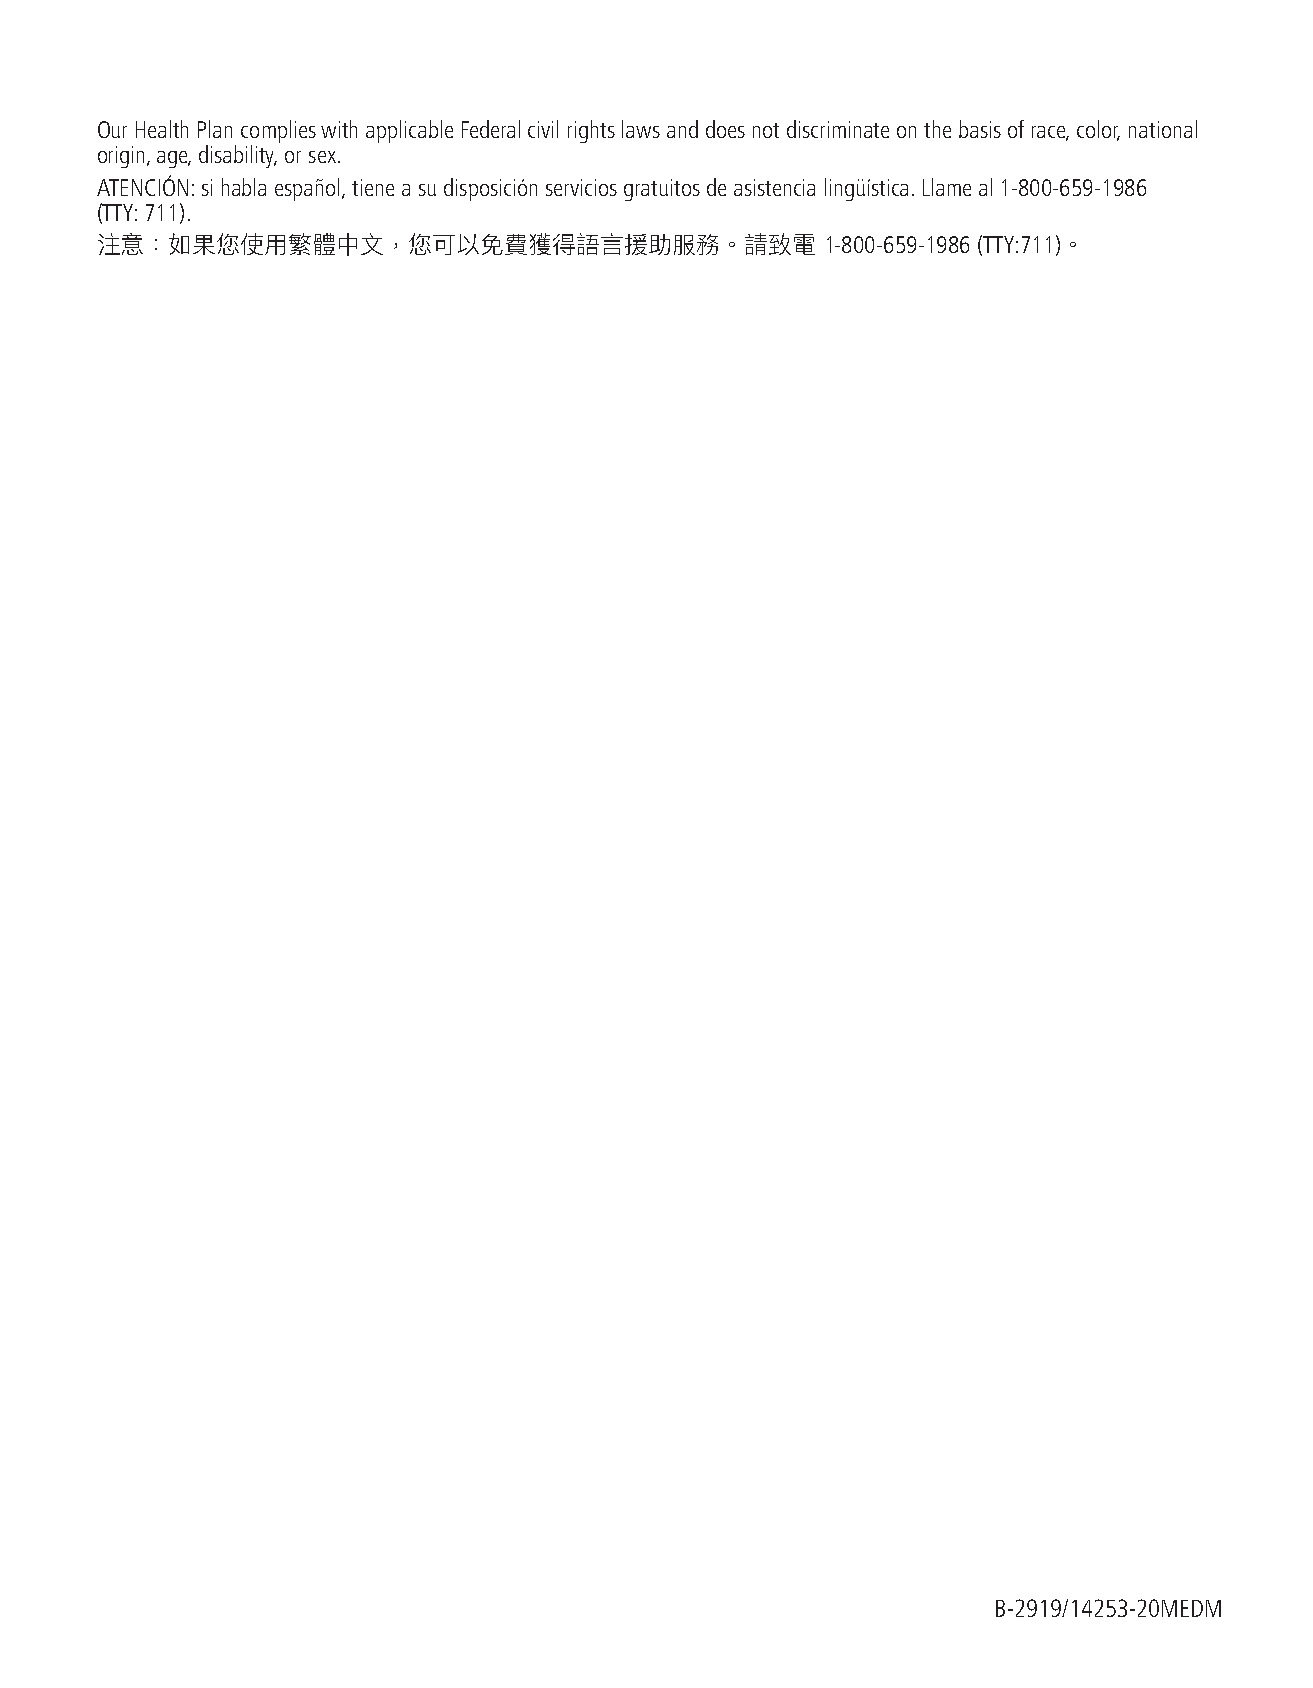
Our Health Plan complies with applicable Federal civil rights laws and does not discriminate on the basis of race, color, national
 origin, age, disability, or sex.
 ATENCIÓN: si habla español, tiene a su disposición servicios gratuitos de asistencia lingüística. Llame al 1-800-659-1986
 (TTY: 711).
 注意：如果您使用繁體中文，您可以免費獲得語言援助服務。請致電                   1-800-659-1986 (TTY:711)。
 B-2919/14253-20MEDM